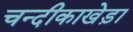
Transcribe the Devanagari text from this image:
चन्दीकाखेड़ा